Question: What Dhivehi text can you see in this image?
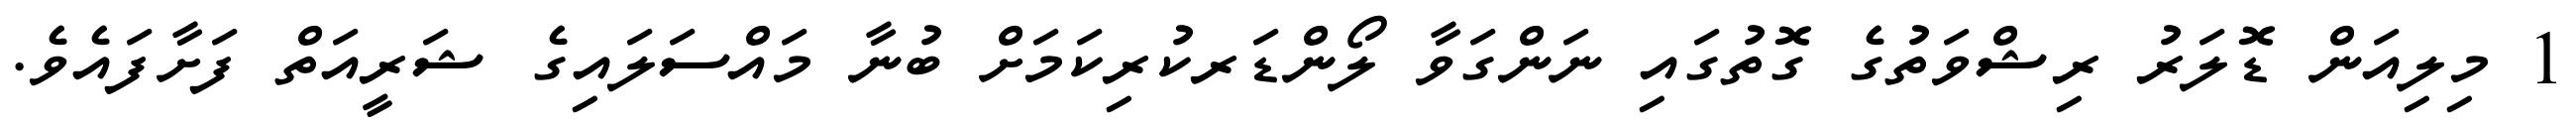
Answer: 1 މިލިއަން ޑޮލަރު ރިޝްވަތުގެ ގޮތުގައި ނަންގަވާ ލޯންޑަރކުރިކަމަށް ބުނާ މައްސަލައިގެ ޝަރީއަތް ފަށާފައެވެ.